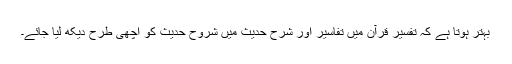
بہتر ہوتا ہے کہ تفسیر قرآن میں تفاسیر اور شرح حدیث میں شروح حدیث کو اچھی طرح دیکھ لیا جائے۔